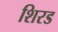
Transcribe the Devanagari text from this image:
शिरड